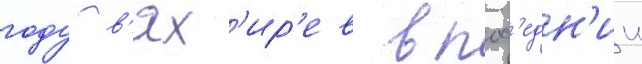
году в'ях'ир'ев в посл'едн'ии